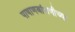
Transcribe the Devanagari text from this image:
पाषाणबांधणीच्या